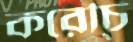
করেচি